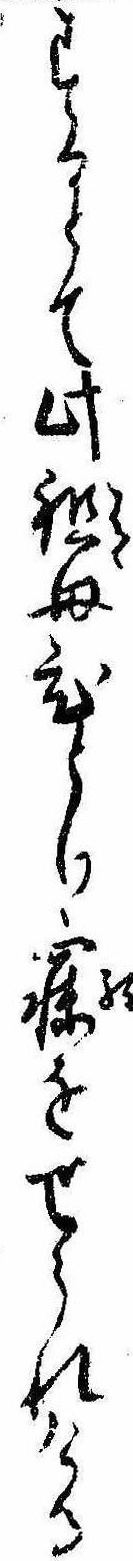
するとて此祖母ひとり寐をせられける